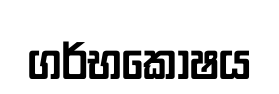
ගර්භකොෂය